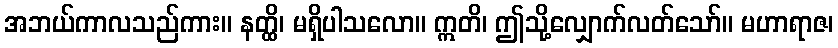
အဘယ်ကာလသည်ကား။ နတ္ထိ၊ မရှိပါသလော။ ဣတိ၊ ဤသို့လျှောက်လတ်သော်။ မဟာရာဇ၊